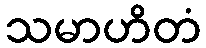
သမာဟိတံ